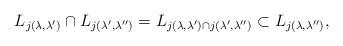
LaTeX: \begin{align*}L_{j(\lambda,\lambda')}\cap L_{j(\lambda',\lambda'')}=L_{j(\lambda,\lambda')\cap j(\lambda',\lambda'')}\subset L_{j(\lambda,\lambda'')},\end{align*}